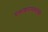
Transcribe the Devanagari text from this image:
प्रकाशनासंबंधीची